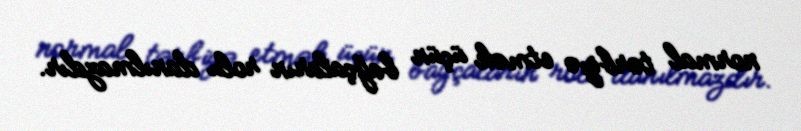
normal tərbiyə etmək üçün bağçaların rolu danılmazdır.